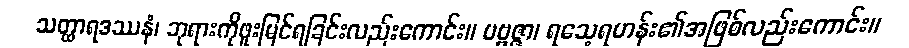
သတ္ထာရဒဿနံ၊ ဘုရားကိုဖူးမြင်ရခြင်းလည်းကောင်း။ ပဗ္ဗဇ္ဇာ၊ ရသေ့ရဟန်း၏အဖြစ်လည်းကောင်း။